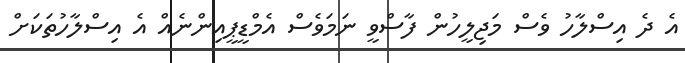
އެ ދެ އިސްލާހު ވެސް މަޖިލީހުން ފާސްވީ ނަމަވެސް އެމްޑީޕީއިންނެއް އެ އިސްލާހުތަކަށް